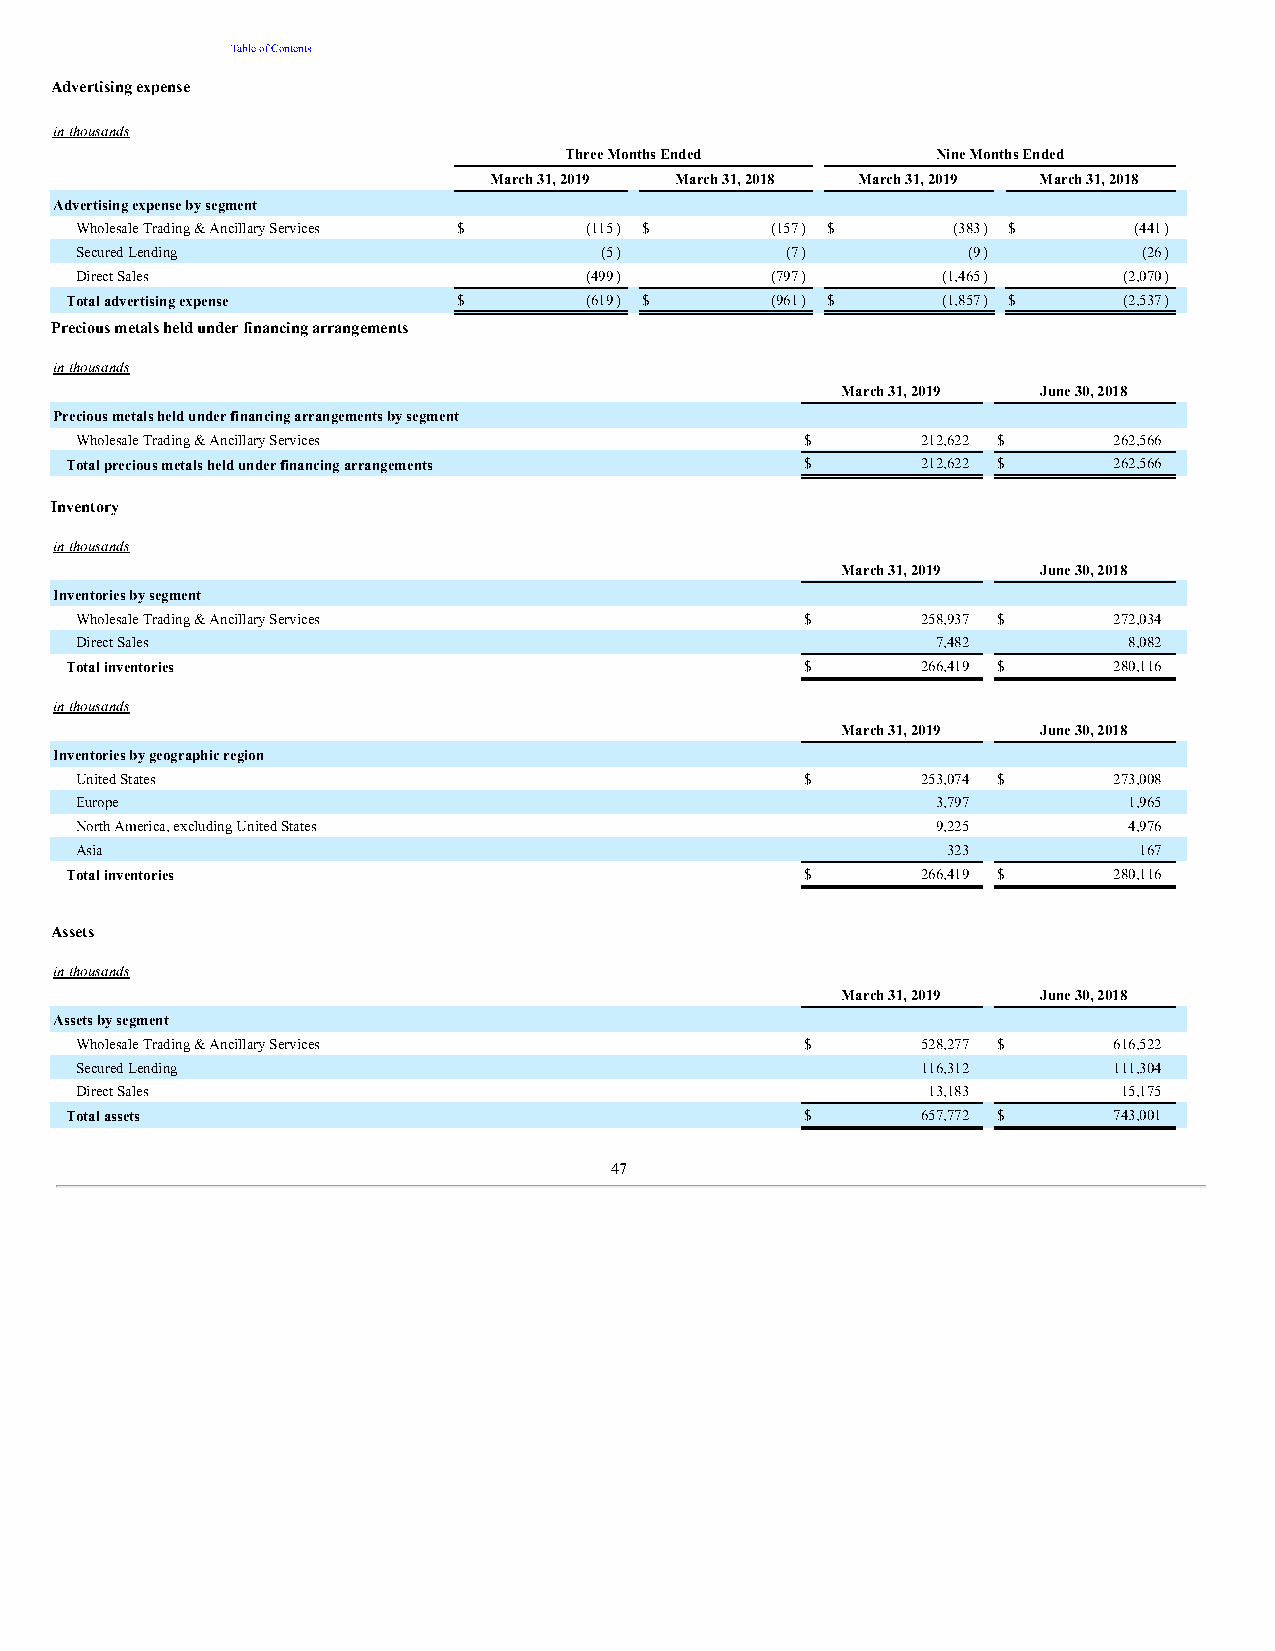
Table of Contents
 Advertising expense
 in thousands
 Three Months Ended       Nine Months Ended
 March 31, 2019 March 31, 2018 March 31, 2019 March 31, 2018
 Advertising expense by segment
 Wholesale Trading & Ancillary Services $ (115) $ (157) $  (383) $     (441)
 Secured Lending                    (5)         (7)         (9)         (26)
 Direct Sales                      (499)       (797)      (1,465)     (2,070)
 Total advertising expense $        (619) $     (961) $    (1,857) $   (2,537)
 Precious metals held under financing arrangements
 in thousands
 March 31, 2019 June 30, 2018
 Precious metals held under financing arrangements by segment
 Wholesale Trading & Ancillary Services          $       212,622 $    262,566
 Total precious metals held under financing arrangements $ 212,622 $   262,566
 Inventory
 in thousands
 March 31, 2019 June 30, 2018
 Inventories by segment
 Wholesale Trading & Ancillary Services          $       258,937 $    272,034
 Direct Sales                                             7,482        8,082
 Total inventories                                $       266,419 $    280,116
 in thousands
 March 31, 2019 June 30, 2018
 Inventories by geographic region
 United States                                   $       253,074 $    273,008
 Europe                                                   3,797        1,965
 North America, excluding United States                   9,225        4,976
 Asia                                                      323         167
 Total inventories                                $       266,419 $    280,116
 Assets
 in thousands
 March 31, 2019 June 30, 2018
 Assets by segment
 Wholesale Trading & Ancillary Services          $       528,277 $    616,522
 Secured Lending                                         116,312      111,304
 Direct Sales                                            13,183       15,175
 Total assets                                     $       657,772 $    743,001
 47